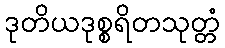
ဒုတိယဒုစ္စရိတသုတ္တံ